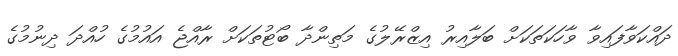
ދައްކަވާފައިވާ ވާހަކަތަކަށް ބަލާއިރު އިޒްރޭލުގެ މަތިންދާ ބޯޓުތަކަށް ރާއްޖެ އައުމުގެ ހުއްދަ ދިނުމުގެ